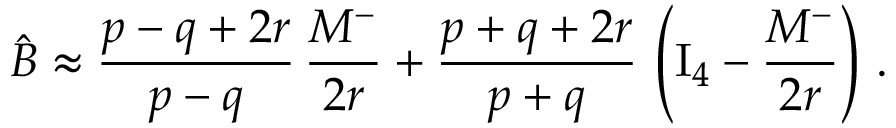
\hat { B } \approx { \frac { p - q + 2 r } { p - q } } \, { \frac { M ^ { - } } { 2 r } } + { \frac { p + q + 2 r } { p + q } } \, \left( \mathrm { I } _ { 4 } - { \frac { M ^ { - } } { 2 r } } \right) \, .